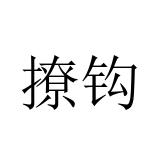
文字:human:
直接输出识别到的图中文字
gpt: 撩钩